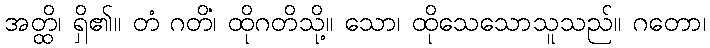
အတ္ထိ၊ ရှိ၏။ တံ ဂတိံ၊ ထိုဂတိသို့။ သော၊ ထိုသေသောသူသည်။ ဂတော၊